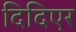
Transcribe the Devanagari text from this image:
दिदिएर